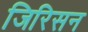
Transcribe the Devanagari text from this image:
जिरिसन